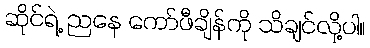
ဆိုင်ရဲ့ ညနေ ကော်ဖီချိန်ကို သိချင်လို့ပါ။